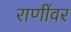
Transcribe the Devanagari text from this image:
राणींवर